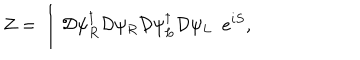
Z = \int { \cal D } \psi _ { R } ^ { \dagger } { \cal D } \psi _ { R } { \cal D } \psi _ { L } ^ { \dagger } { \cal D } \psi _ { L } \, \, \, e ^ { i S } ,